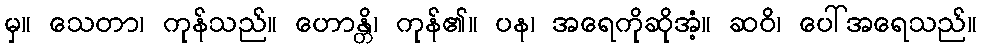
မှ။ သေတာ၊ ကုန်သည်။ ဟောန္တိ၊ ကုန်၏။ ပန၊ အရေကိုဆိုအံ့။ ဆဝိ၊ ပေါ်အရေသည်။